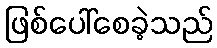
ဖြစ်ပေါ်စေခဲ့သည်